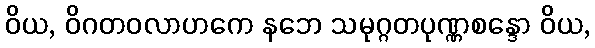
ဝိယ, ဝိဂတဝလာဟကေ နဘေ သမုဂ္ဂတပုဏ္ဏစန္ဒော ဝိယ,